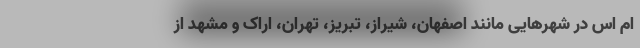
ام اس در شهرهایی مانند اصفهان، شیراز، تبریز، تهران، اراک و مشهد از